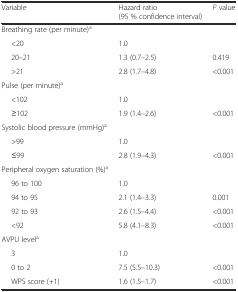
<table><thead><tr><td><b>Variable</b></td><td><b>Hazard ratio (95 % confidence interval)</b></td><td><b><i>P</i> value</b></td></tr></thead><tbody><tr><td>Breathing rate (per minute)<sup>a</sup></td><td></td><td></td></tr><tr><td>&lt;20</td><td>1.0</td><td></td></tr><tr><td>20–21</td><td>1.3 (0.7–2.5)</td><td>0.419</td></tr><tr><td>&gt;21</td><td>2.8 (1.7–4.8)</td><td>&lt;0.001</td></tr><tr><td>Pulse (per minute)<sup>a</sup></td><td></td><td></td></tr><tr><td>&lt;102</td><td>1.0</td><td></td></tr><tr><td>≥102</td><td>1.9 (1.4–2.6)</td><td>&lt;0.001</td></tr><tr><td>Systolic blood pressure (mmHg)<sup>a</sup></td><td></td><td></td></tr><tr><td>&gt;99</td><td>1.0</td><td></td></tr><tr><td>≤99</td><td>2.8 (1.9–4.3)</td><td>&lt;0.001</td></tr><tr><td>Peripheral oxygen saturation (%)<sup>a</sup></td><td></td><td></td></tr><tr><td>96 to 100</td><td>1.0</td><td></td></tr><tr><td>94 to 95</td><td>2.1 (1.4–3.3)</td><td>0.001</td></tr><tr><td>92 to 93</td><td>2.6 (1.5–4.4)</td><td>&lt;0.001</td></tr><tr><td>&lt;92</td><td>5.8 (4.1–8.3)</td><td>&lt;0.001</td></tr><tr><td>AVPU level<sup>a</sup></td><td></td><td></td></tr><tr><td>3</td><td>1.0</td><td></td></tr><tr><td>0 to 2</td><td>7.5 (5.5–10.3)</td><td>&lt;0.001</td></tr><tr><td>WPS score (+1)</td><td>1.6 (1.5–1.7)</td><td>&lt;0.001</td></tr></tbody></table>